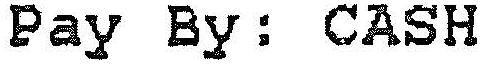
PAY BY: CASH